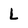
Character: L